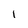
Character: 1